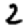
Digit: 2